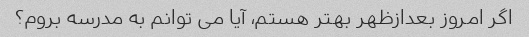
اگر امروز بعدازظهر بهتر هستم، آیا می توانم به مدرسه بروم؟